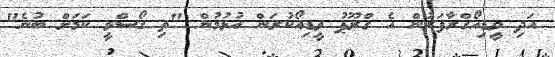
އަދި ވީޑިއޯގްރާފަރުން އެ ގްރޫޕު ވީޑިއޯކުރަން އުޅުމުން "ތި ގޯސްވީ ކަމަށް ބުނެ"